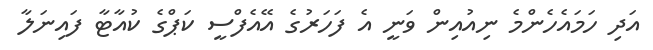
އަދި ހަމައެހެންމެ ނިއުއިން ވަނީ އެ ފަހަރުގެ އޭއެފްސީ ކަޕްގެ ކުއާޓާ ފައިނަލާ